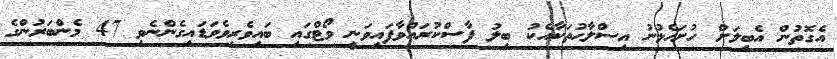
އެގޮތުން އެބިލަށް ހުށަހެޅުނު އިސްލާޙުތަކާއެކު ބިލު ފާސްކުރައްވާފައިވަނީ ވޯޓްގައި ބައިވެރިވެވަޑައިގެންނެވި 47 މެންބަރުންގެ